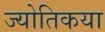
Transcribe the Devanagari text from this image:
ज्‍योतिकया